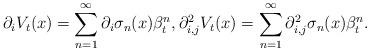
LaTeX: \begin{align*}\partial_i V_t(x) = \sum_{n = 1}^{\infty} \partial_i \sigma_n(x) \beta^n_t, \partial^2_{i,j} V_t(x) = \sum_{n = 1}^{\infty} \partial^2_{i,j} \sigma_n(x) \beta^n_t.\end{align*}